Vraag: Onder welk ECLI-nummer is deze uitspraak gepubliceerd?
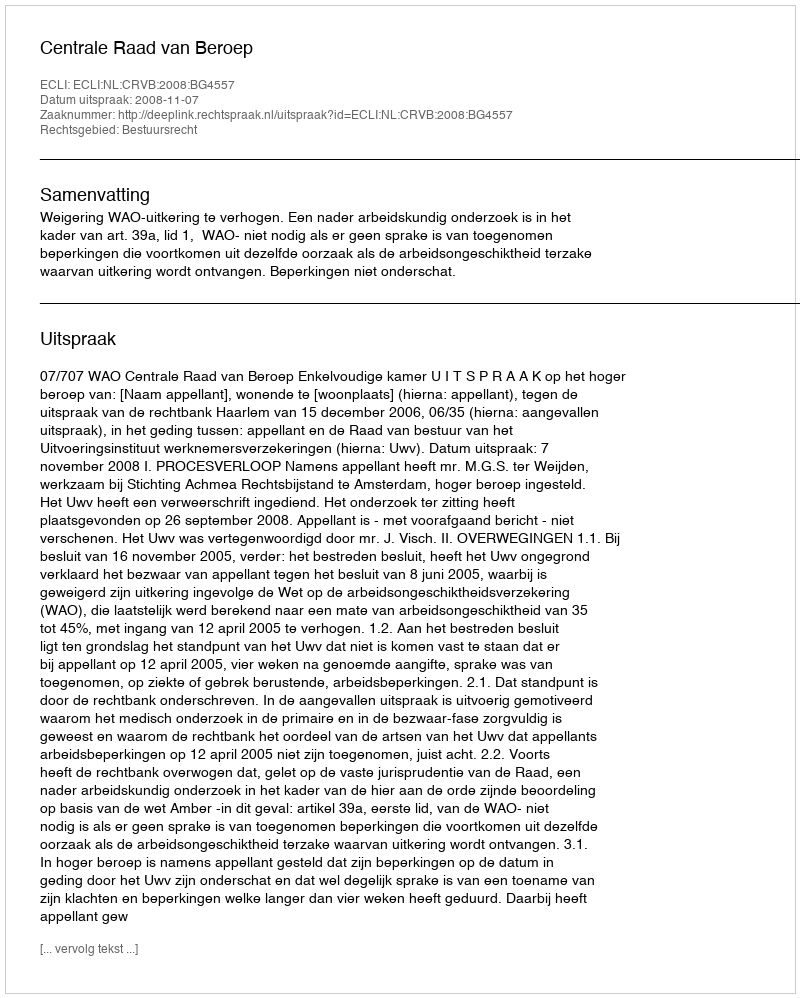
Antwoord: ECLI:NL:CRVB:2008:BG4557